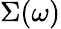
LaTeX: \Sigma(\omega)